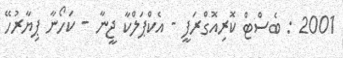
2001 : ބެސްޓް ކޮރިއޮގްރަފީ - އެކްޕަލްކާ ޖީނާ - ކަހޯނާ ޕިޔާރުހޭ